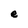
Character: e